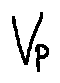
V p